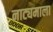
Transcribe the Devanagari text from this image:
नाट्यमाला